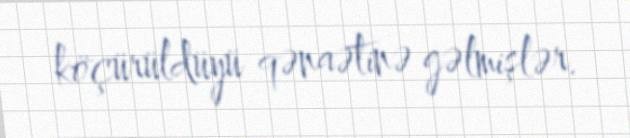
köçürüldüyü qənaətinə gəlmişlər.